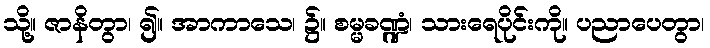
သို့။ ဇာနိတွာ၊ ၍။ အာကာသေ၊ ၌။ စမ္မခဏ္ဍံ၊ သားရေပိုင်းကို။ ပညာပေတွာ၊